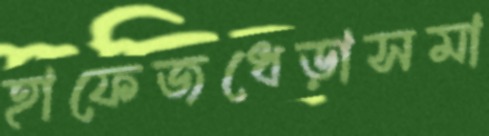
হাফেজধেড়াসমা